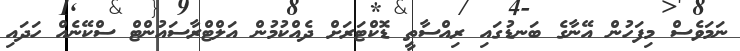
ނަމަވެސް މިފަހުން އޭނާގެ ބަނޑުގައި ރިއްސާތީ ޑޮކްޓަރަށް ދެއްކުމުން އަލްޓްރާސައުންޓް ސްކޭނެއް ހަދައި